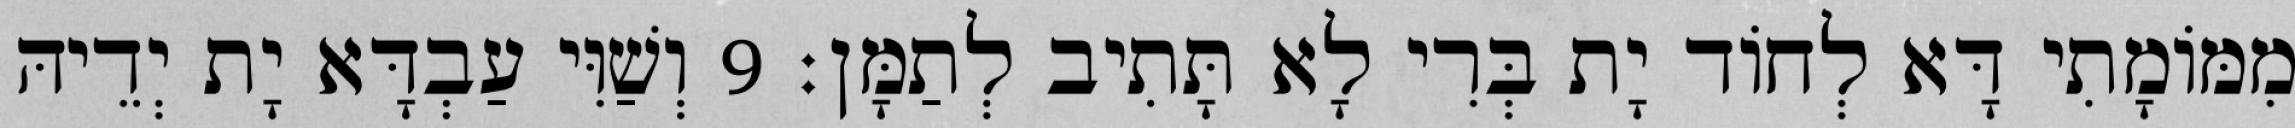
מִמּוֹמָתִי דָּא לְחוֹד יָת בְּרִי לָא תָּתִיב לְתַמָּן׃ 9 וְשַׁוִּי עַבְדָּא יָת יְדֵיהּ